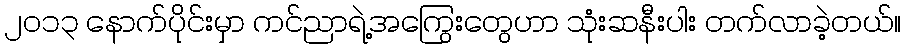
၂၀၁၃ နောက်ပိုင်းမှာ ကင်ညာရဲ့အကြွေးတွေဟာ သုံးဆနီးပါး တက်လာခဲ့တယ်။